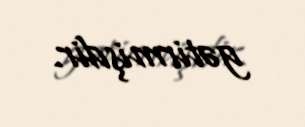
gətirmişdir.